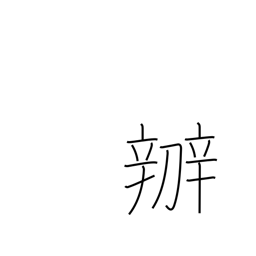
Meaning: manage